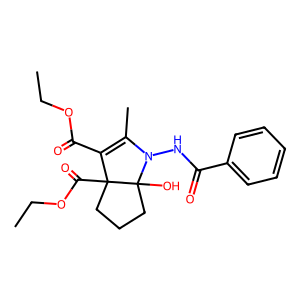
SMILES: CCOC(=O)C1=C(C)N(NC(=O)c2ccccc2)C2(O)CCCC12C(=O)OCC
Inhibits HIV replication: No